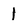
Character: 1